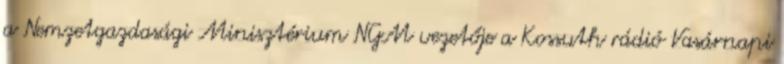
a Nemzetgazdasági Minisztérium NGM vezetője a Kossuth rádió Vasárnapi